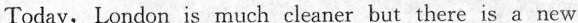
Today, London is much cleaner but there is a new